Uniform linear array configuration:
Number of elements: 48
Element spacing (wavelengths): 0.75
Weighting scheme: blackman
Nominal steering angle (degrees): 45
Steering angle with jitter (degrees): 45.687
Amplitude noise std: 0.05
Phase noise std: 0.05

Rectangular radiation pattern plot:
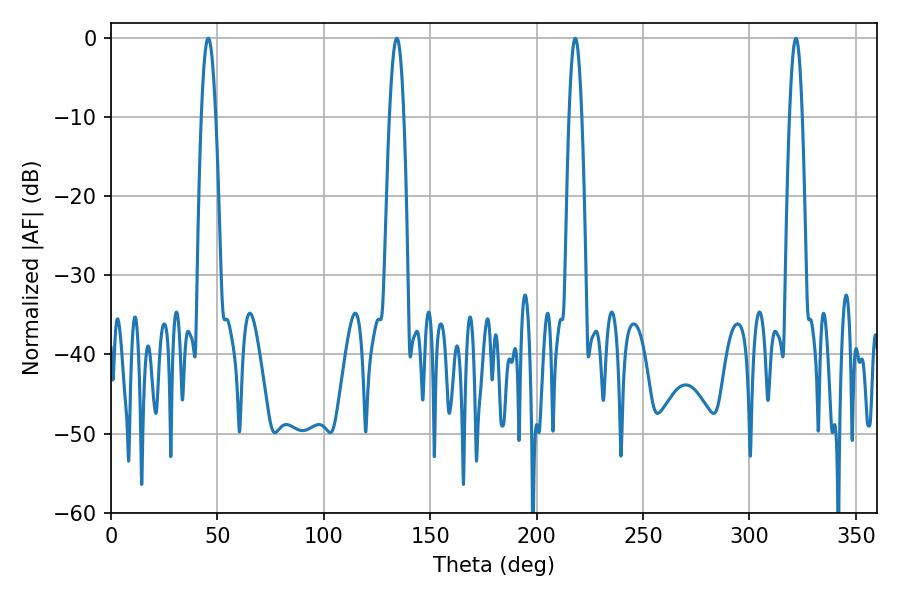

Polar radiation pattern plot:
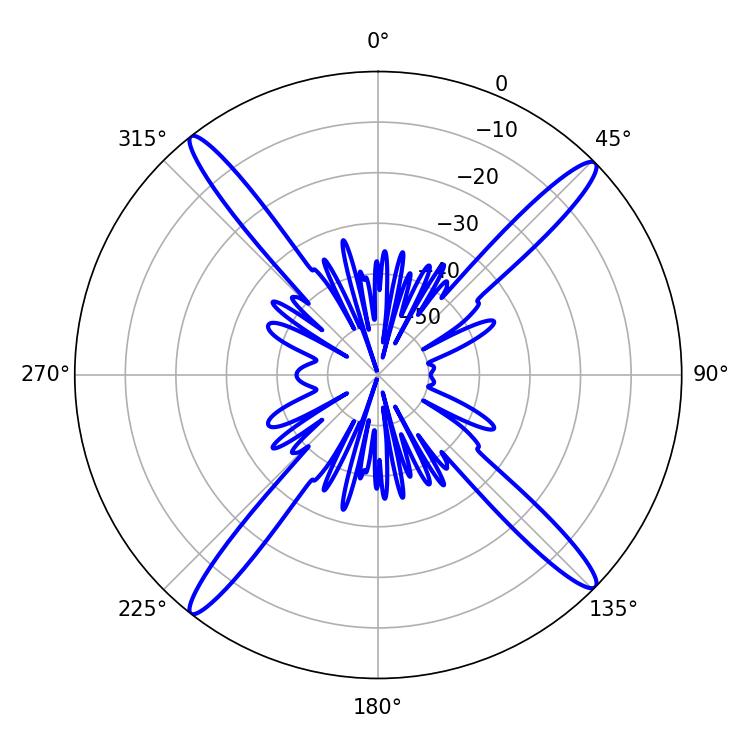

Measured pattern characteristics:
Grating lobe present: TRUE
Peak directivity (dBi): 19.271
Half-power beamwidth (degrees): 3.24
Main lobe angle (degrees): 218.16